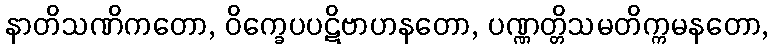
နာတိသဏိကတော, ဝိက္ခေပပဋိဗာဟနတော, ပဏ္ဏတ္တိသမတိက္ကမနတော,